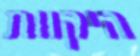
היקוות